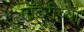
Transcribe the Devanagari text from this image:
माँटेरीच्या